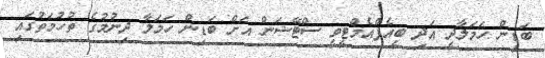
ބަޑިން ހަމަލާދީ އަދި ބީއެފްއެމްޓީވީ ސްޓޭޝަން އަށް ބަޑިން ހަމަލާ ދިނުމުގެ ތުހުމަތުގައި